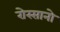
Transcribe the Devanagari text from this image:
रोस्सानो